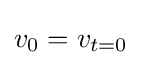
v_{0}=v_{t=0}